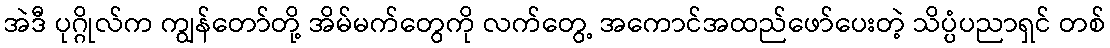
အဲဒီ ပုဂ္ဂိုလ်က ကျွန်တော်တို့ အိမ်မက်တွေကို လက်တွေ့ အကောင်အထည်ဖော်ပေးတဲ့ သိပ္ပံပညာရှင် တစ်